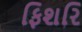
ફિશરિ